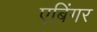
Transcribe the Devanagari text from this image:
एबिंगर